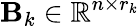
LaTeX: \mathbf{B}_{k}\in\mathbb{R}^{n\times r_{k}}